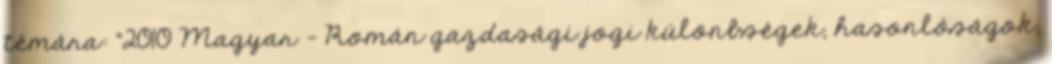
témára: "2010 Magyar – Román gazdasági jogi különbségek, hasonlóságok,